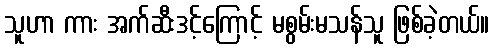
သူဟာ ကား အက်ဆီးဒင့်ကြောင့် မစွမ်းမသန်သူ ဖြစ်ခဲ့တယ်။